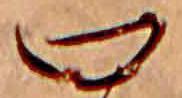
口